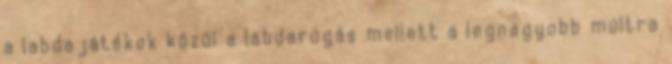
a labdajátékok közül a labdarúgás mellett a legnagyobb múltra